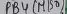
Text: PB4